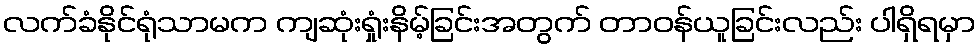
လက်ခံနိုင်ရုံသာမက ကျဆုံးရှုံးနိမ့်ခြင်းအတွက် တာဝန်ယူခြင်းလည်း ပါရှိရမှာ